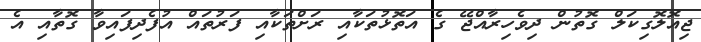
ޖިއޮލޮގިކަލް ގޮތުން ދިވެހިރާއްޖޭ ގެ އަތޮޅުތަކާއި ރަށްތަކާއި ފަރުތައް އުފެދިފައިވާ ގޮތާއި އެ